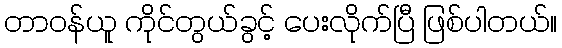
တာဝန်ယူ ကိုင်တွယ်ခွင့် ပေးလိုက်ပြီ ဖြစ်ပါတယ်။